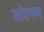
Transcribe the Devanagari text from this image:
सोरगम